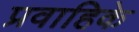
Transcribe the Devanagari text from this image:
प्रवाहिके